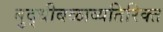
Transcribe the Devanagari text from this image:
बुद्धीबळाव्यतिरिक्त